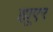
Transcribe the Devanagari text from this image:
ह्यूएर